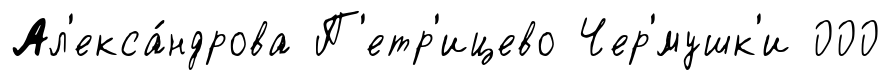
Ал'екса́ндрова П'етр'ицево Чер'́мушк'и 000